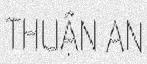
THUẬN AN